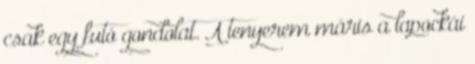
csak egy futó gondolat. A tenyerem máris a lapockái